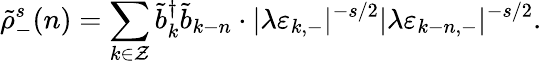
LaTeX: \tilde{\rho}_{-}^{s}(n)=\sum_{k\in\cal Z}\tilde{b}_{k}^{\dagger}\tilde{b}_{k-n}\cdot|\lambda\varepsilon_{k,-}|^{-s/2}|\lambda\varepsilon_{k-n,-}|^{-s/2}.